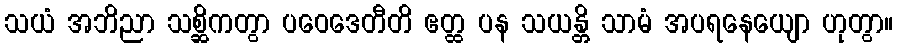
သယံ အဘိညာ သစ္ဆိကတွာ ပဝေဒေတီတိ ဧတ္ထ ပန သယန္တိ သာမံ အပရနေယျော ဟုတွာ။